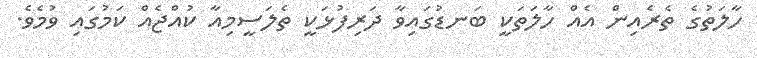
ހާލަތުގެ ތެރެއިން އެއް ހާލަތަކީ ބަނޑުގައިވާ ދަރިފުޅަކީ ތެލަސީމިއާ ކުއްޖެއް ކަމުގައި ވުމެވެ.